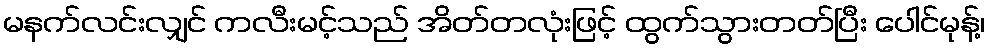
မနက်လင်းလျှင် ကလီးမင့်သည် အိတ်တလုံးဖြင့် ထွက်သွားတတ်ပြီး ပေါင်မုန့်၊